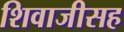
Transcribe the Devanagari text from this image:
शिवाजीसह